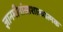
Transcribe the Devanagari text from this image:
ज्ञानमीमांसाशास्त्रात्मक